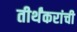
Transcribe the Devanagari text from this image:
तीर्थंकरांची